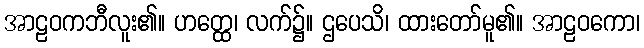
အာဠဝကဘီလူး၏။ ဟတ္ထေ၊ လက်၌။ ဌပေသိ၊ ထားတော်မူ၏။ အာဠဝကော၊